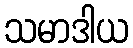
သမာဒါယ